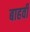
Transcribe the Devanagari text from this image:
बाहवीं